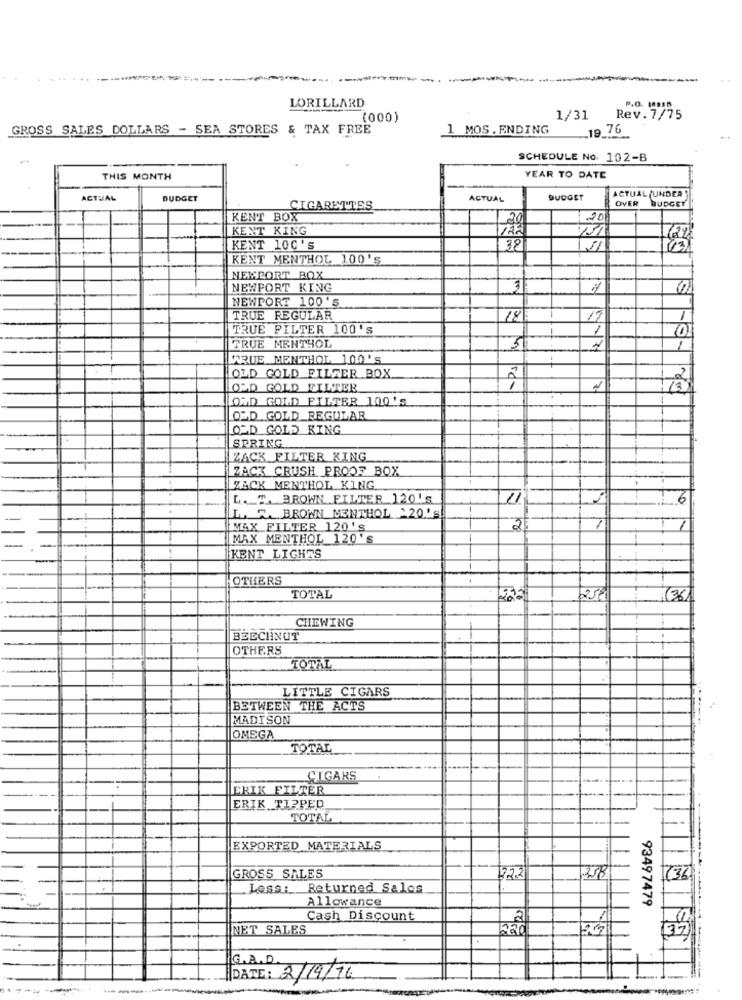
LORILLARD
P.O.
(000)
1/31
Rev. 7/75
GROSS SALES DOLLARS - SEA STORES & TAX FREE
1 MOS. ENDING
.19 76
SCHEDULE No. 102-B
THIS MONTH
YEAR TO DATE
ACTUAL
BUDGET
ACTUAL
BUDGET
ACTUAL UNDER
CIGARETTES
OVER BUDGET
KENT BOX
20
20
KENT KING
431
KENT 100'S
38
KENT MENTHOL 100's
NEMPORT BOX
NEWPORT KING
31
S
NEWPORT 100'S
TRUE REGULAR
18/
1
17
TRUE FILTER 100's
1
3
TRUE MENTHOL
WRUE MENTHOL 100'S
OLD GOLD FILTER BOX
OLD GOLD FILTER
OMD GOLD FILTER 100'S
OLD GOLD REGULAR
OLD GOLD KING
SPRING
ZACK FILTER KING
ZACK CRUSH PROOF BOX
ZACK MENTHOL KING
L. T. BROWN FILTER 120's
6
-......
LA R. BROWN MENTHOL 120'S
MAX FILTER 120'S
2
MAX MENTHOL 120's
KENT LIGHTS
OTHERS
TOTAL
25€
(36
CHEWING
BEECHNUT
OTHERS
TOTAL
LITTLE CIGARS
BETWEEN THE ACTS
MADISON
OMEGA
TOTAL
CIGARS
ERIK FILTER
1
ERIK TIPPED
TOTAL
EXPORTED MATERIALS
GROSS SALES
1722
Less: Returned Salos
Allowance
93497479
Cash Discount
NET SALES
G.A.D.
DATE: 2/19/76
-